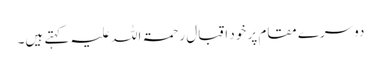
دوسرے مقام پر خود اقبال رحمۃ اللہ علیہ کہتے ہیں۔